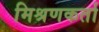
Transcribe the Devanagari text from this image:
मिश्रणकर्ता